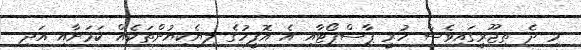
މި ދެ ތިޖޫރީގައިވެސް ހުރީ ޕާސްޕޯޓާއި އެ އޮފީހުގެ ލިޔެކިޔުންތަކެއް ކަމަށާއި އަދި